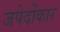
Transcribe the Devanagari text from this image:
जपेदोंकार